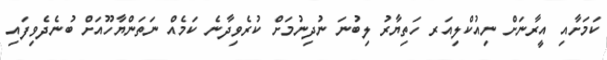
ކަމަށާއި އީރާނަށް ނިއުކްލިއަރ ހަތިޔާރު ލިބުނަ ނުދިނުމަށް ކުރެވިދާނެ ކަމެއް ނަތަންޔާހޫއަށް ބުނެދެވިފައި